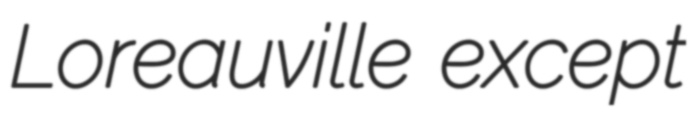
Loreauville except